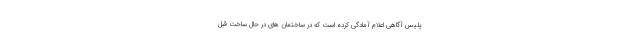
پلیس آگاهی اعلام آمادگی کرده است که در ساختمان های در حال ساخت قبل